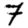
Digit: 7